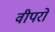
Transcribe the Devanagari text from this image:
वीपरो